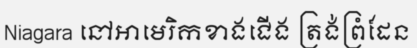
Niagara នៅអាមេរិកខាងជើង ត្រង់ព្រំដែន